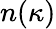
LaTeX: n(\kappa)